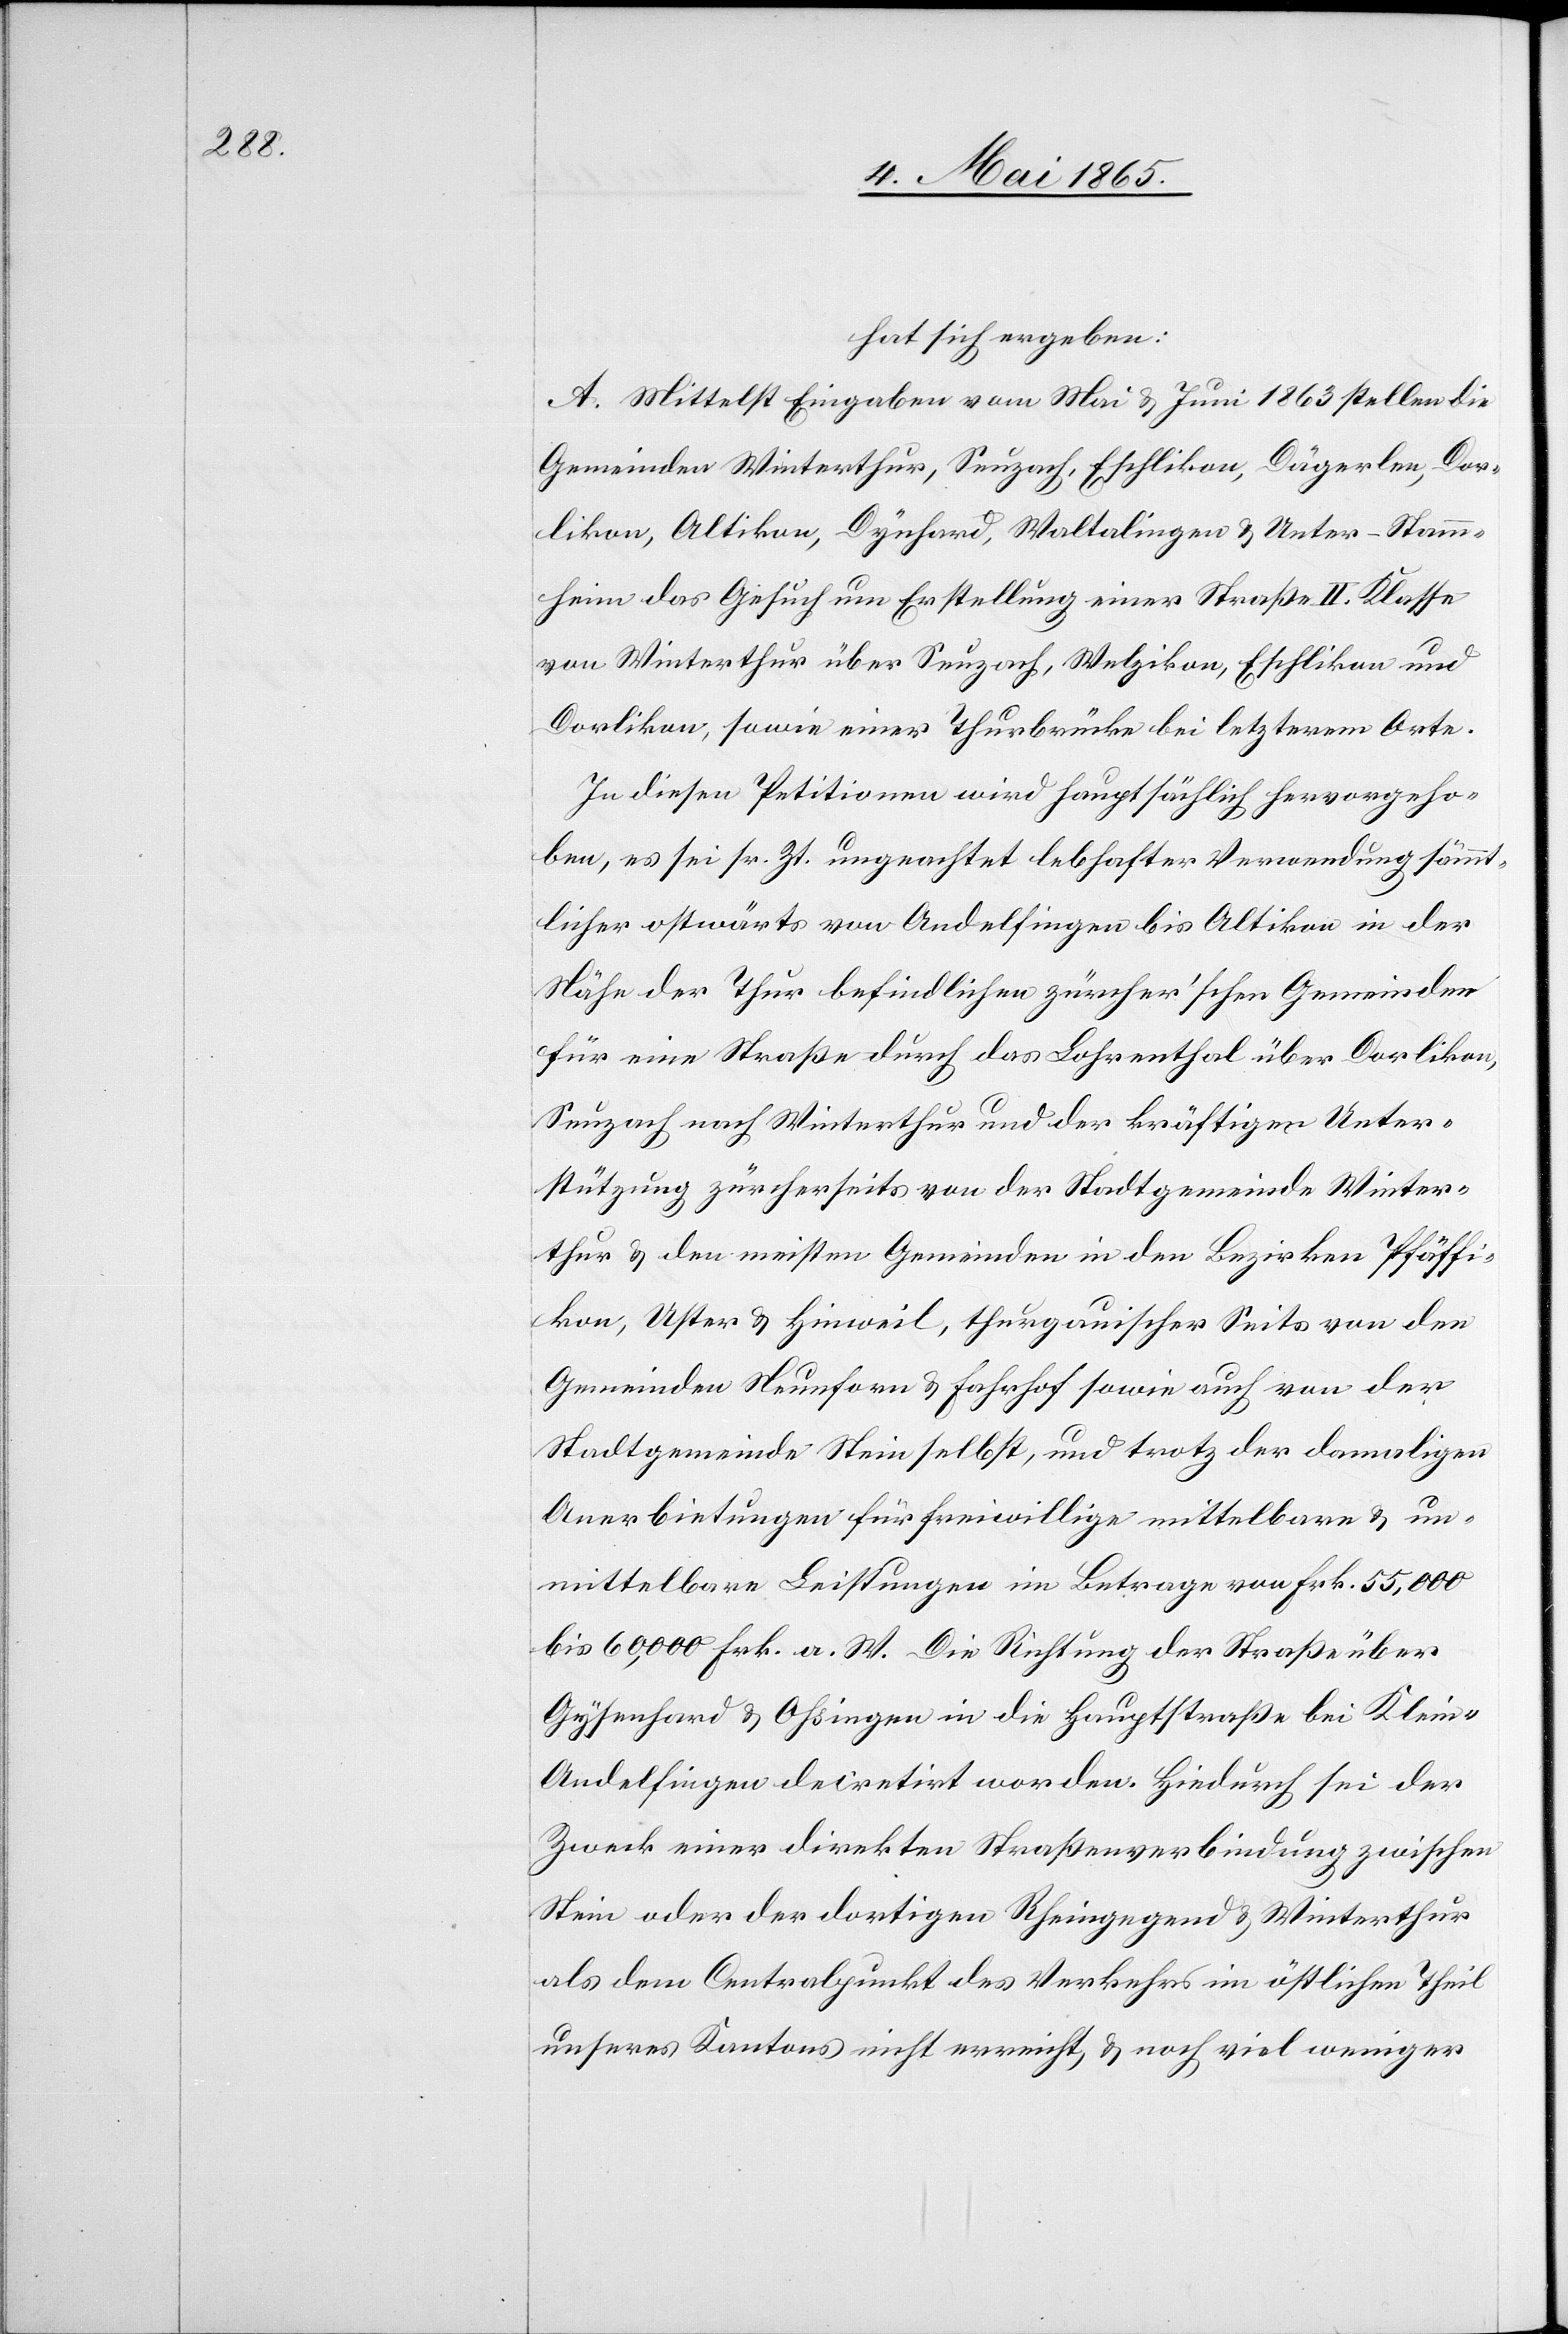
hat sich ergeben:
A. Mittelst Eingaben vom Mai & Juni 1863 stellen die
Gemeinden Winterthur, Seuzach, Eschlikon, Dägerlen, Dor¬
likon, Altikon, Dynhard, Waltalingen & Unter-Stamm¬
heim das Gesuch um Erstellung einer Straße II. Klasse
von Winterthur über Seuzach, Welzikon, Eschlikon und
Dorlikon, sowie einer Thurbrücke bei letzterem Orte.
In diesen Petitionen wird hauptsächlich hervorgeho¬
ben, es sei sr. Zt. ungeachtet lebhafter Verwendung sämmt¬
licher ostwärts von Andelfingen bis Altikon in der
Nähe der Thur befindlichen zürcher’schen Gemeinden
für eine Straße durch das Lohrenthal über Dorlikon,
Seuzach nach Winterthur und der kräftigen Unter¬
stützung zürcherseits von der Stadtgemeinde Winter¬
thur & den meisten Gemeinden in den Bezirken Pfäffi¬
kon, Uster & Hinweil, thurgauischer Seits von den
Gemeinden Neunforn & Fahrhof sowie auch von der
Stadtgemeinde Stein selbst, und trotz der damaligen
Anerbietungen für freiwillige mittelbare & un¬
mittelbare Leistungen im Betrag von Frk. 55,000
bis 60,000 Frk. a. W. Die Richtung der Straße über
Gysenhard & Ohsingen in der Hauptstraße bei Klein-A¬
ndelfingen decretirt worden. Hiedurch sei der
Zweck einer direkten Straßenverbindung zwischen
Stein oder der dortigen Rheingegend & Winterthur
als dem Centralpunkt des Verkehrs im östlichen Theil
unsers Kantons nicht erreicht, & noch viel weniger